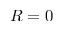
R = 0